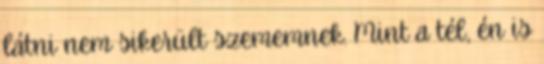
látni nem sikerült szememnek. Mint a tél, én is